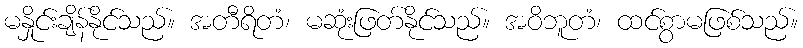
မနှိုင်းချိန်နိုင်သည်။ အတီရိတံ၊ မဆုံးဖြတ်နိုင်သည်။ အဝိဘူတံ၊ ထင်စွာမဖြစ်သည်။